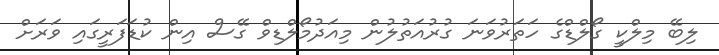
ލިބޭ މިލްކީ ގޯލްޑްގެ ހަތަރުވަނަ ގުރުއަތުލުން މިއަދުމޯލްޑިވް ގޭސް އިން ކުޑަފަރީގައި ވަރަށް